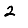
Digit: 2